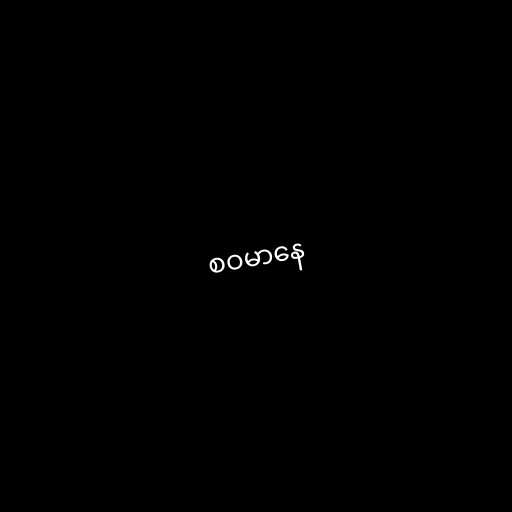
စဝမာနေ